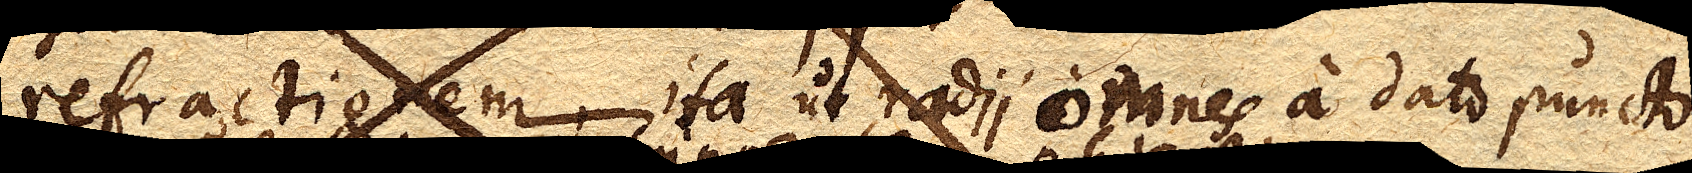
refractionem, ita ut radii omnes a dato puncto